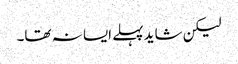
لیکن شاید پہلے ایسا نہ تھا۔